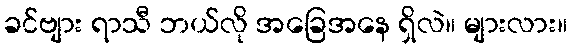
ခင်ဗျား ရာသီ ဘယ်လို အခြေအနေ ရှိလဲ။ များလား။